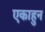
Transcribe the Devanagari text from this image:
एकाहुन